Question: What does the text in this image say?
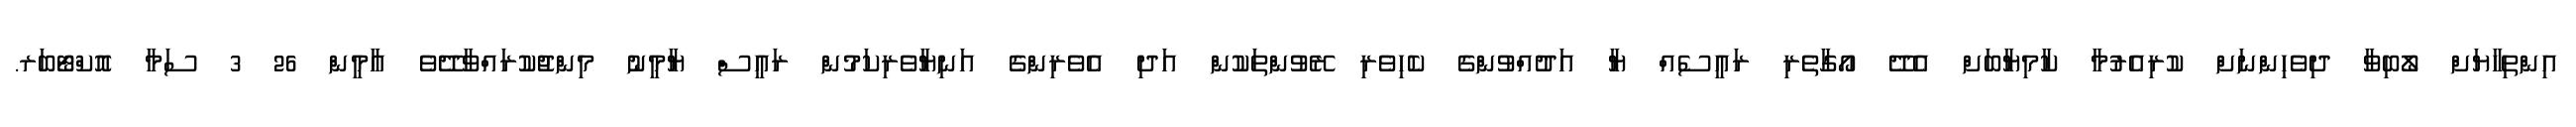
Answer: އިންތިހާޔަށް ލޯބިވާ ދިވެހިންނަށް ކުރިއެރުމާ ކާމިޔާބަށް އެދޭ އޯގާތެރި ރައީސެއް ޔާ އަދުއްވުންގެ ކެހިވެރި ރޭވުންތަކުން އަދި އެވެރިންގެ އަނިޔާވެރިކަމުން ރައީސް ޔާމީނު މިންޖުކުރައްވާދޭވެ އާމީން 26 3 ސަމާ އޮކްޓޯބަރ.